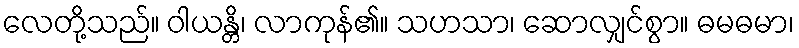
လေတို့သည်။ ဝါယန္တိ၊ လာကုန်၏။ သဟသာ၊ ဆောလျှင်စွာ။ ဓမဓမာ၊